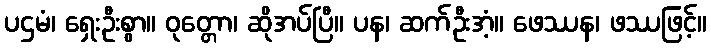
ပဌမံ၊ ရှေးဦးစွာ။ ဝုတ္တော၊ ဆိုအပ်ပြီ။ ပန၊ ဆက်ဦးအံ့။ ဖေဿန၊ ဖဿဖြင့်။